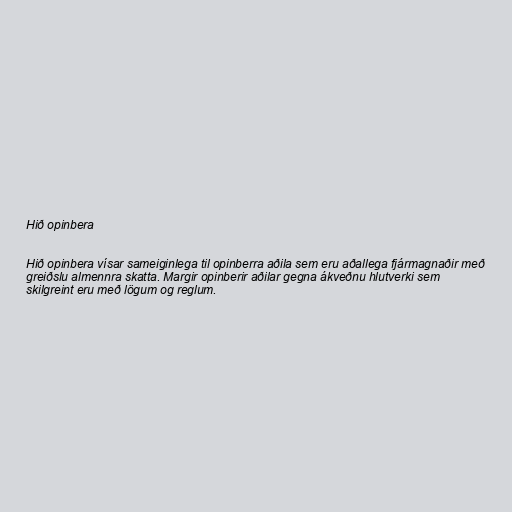
Hið opinbera

Hið opinbera vísar sameiginlega til opinberra aðila sem eru aðallega fjármagnaðir með
greiðslu almennra skatta. Margir opinberir aðilar gegna ákveðnu hlutverki sem
skilgreint eru með lögum og reglum.